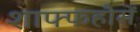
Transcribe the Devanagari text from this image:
शाफ्फहौसें